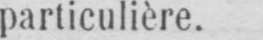
particulière.